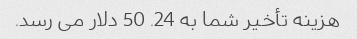
هزینه تأخیر شما به 24. 50 دلار می رسد.